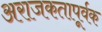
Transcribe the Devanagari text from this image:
अराजकतापूर्वक